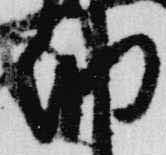
納